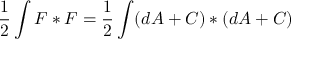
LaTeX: { \frac { 1 } { 2 } } \int F * F = { \frac { 1 } { 2 } } \int ( d A + C ) * ( d A + C )